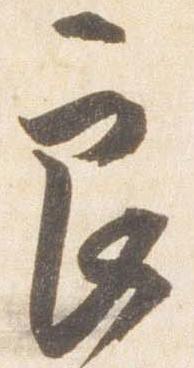
良